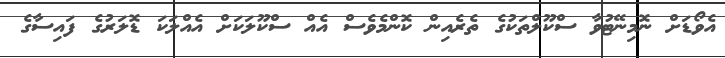
އެވޯޑަށް ނޮމިނޭޓުވާ ސްކޫލްތަކުގެ ތެރެއިން ކޮންމެވެސް އެއް ސްކޫލަކަށް އެއްލަކަ ޑޮލަރުގެ ފައިސާގެ